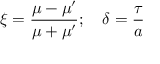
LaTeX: \xi = \frac { \mu - \mu ^ { \prime } } { \mu + \mu ^ { \prime } } ; \quad \delta = \frac { \tau } { a }